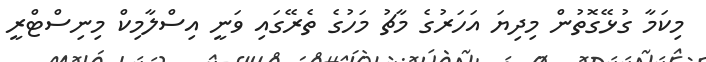
މިކަމާ ގުޅޭގޮތުން މިދިޔަ އަހަރުގެ މާޗު މަހުގެ ތެރޭގައި ވަނީ އިސްލާމިކް މިނިސްޓްރީ